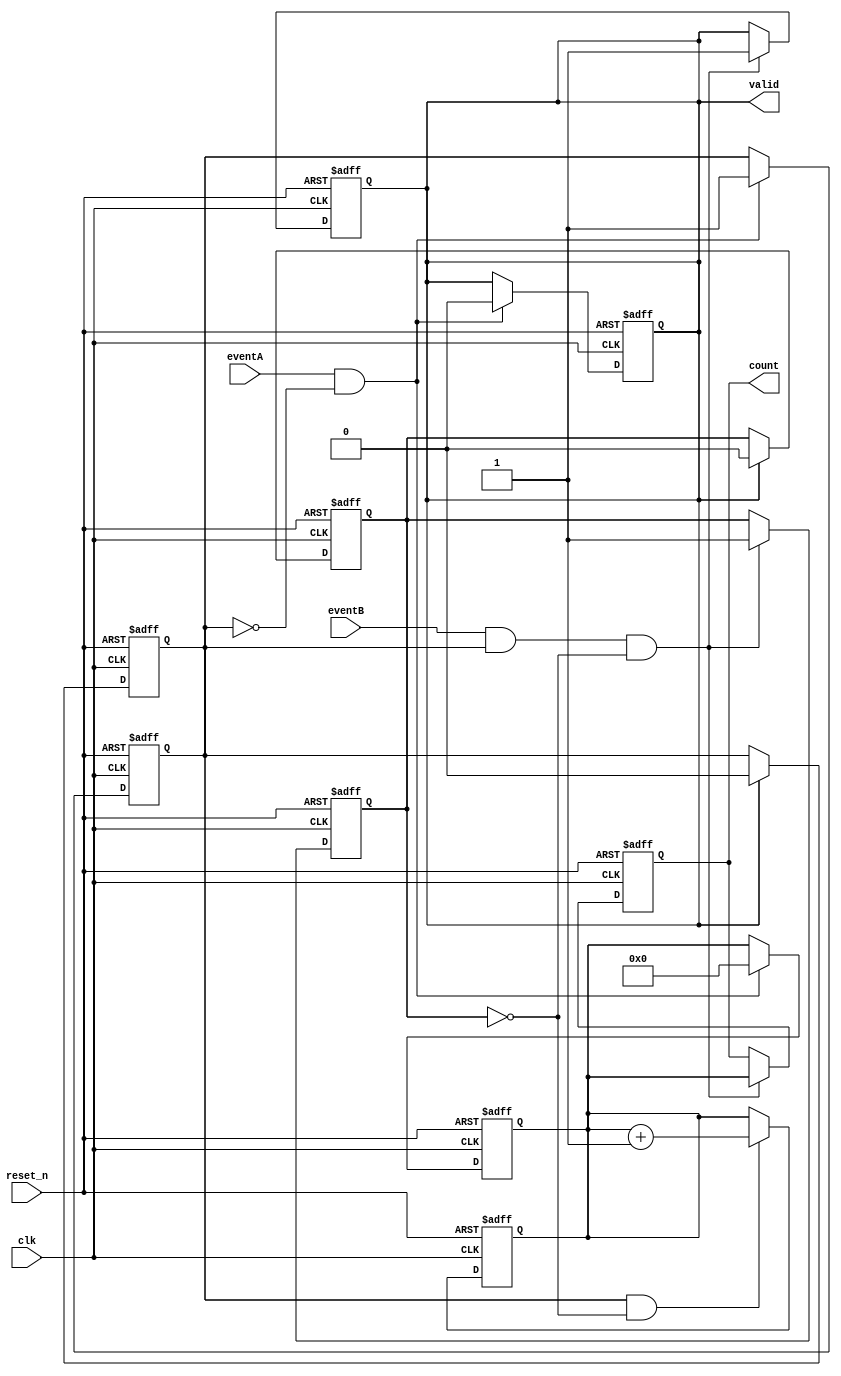
module MemoryBlocksTDC (
    input wire clk,             // High-frequency clock
    input wire reset_n,         // Active low reset
    input wire eventA,          // Event A input
    input wire eventB,          // Event B input
    output reg [31:0] count,    // Count value output
    output reg valid            // Valid signal for output
);

    reg [31:0] counter;         // Counter to measure clock cycles
    reg eventA_detected;        // Flag for Event A detection
    reg eventB_detected;        // Flag for Event B detection

    // Event A detection
    always @(posedge clk or negedge reset_n) begin
        if (!reset_n) begin
            eventA_detected <= 1'b0;
            counter <= 32'b0;
            valid <= 1'b0;
        end else if (eventA && !eventA_detected) begin
            eventA_detected <= 1'b1;  // Set the event A flag
            counter <= 32'b0;         // Reset counter on Event A
            valid <= 1'b0;            // Reset valid output
        end
    end

    // Counting clock cycles
    always @(posedge clk or negedge reset_n) begin
        if (!reset_n) begin
            counter <= 32'b0;         // Reset counter
        end else if (eventA_detected && !eventB_detected) begin
            counter <= counter + 1;   // Increment counter
        end
    end

    // Event B detection and output generation
    always @(posedge clk or negedge reset_n) begin
        if (!reset_n) begin
            eventB_detected <= 1'b0;
            count <= 32'b0;          // Reset count on reset
            valid <= 1'b0;
        end else if (eventB && eventA_detected && !eventB_detected) begin
            eventB_detected <= 1'b1;  // Set the event B flag
            count <= counter;         // Store the count value
            valid <= 1'b1;            // Set valid output
        end
    end

    // Reset logic for detection flags
    always @(posedge clk or negedge reset_n) begin
        if (!reset_n) begin
            eventA_detected <= 1'b0;
            eventB_detected <= 1'b0;
        end else if (valid) begin
            eventA_detected <= 1'b0;  // Clear flags after measurement
            eventB_detected <= 1'b0;
        end
    end
endmodule